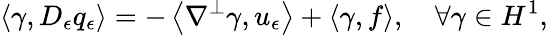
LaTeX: \left\langle\gamma,D_{\epsilon}q_{\epsilon}\right\rangle=-\left\langle\nabla^{\perp}\gamma,u_{\epsilon}\right\rangle+\left\langle\gamma,f\right\rangle,\quad\forall\gamma\in H^{1},